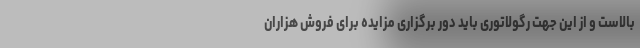
بالاست و از این جهت رگولاتوری باید دور برگزاری مزایده برای فروش هزاران